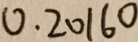
0 . 2 0 1 6 0